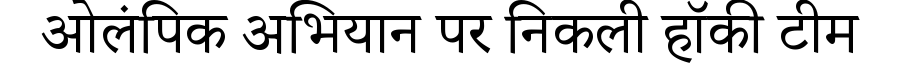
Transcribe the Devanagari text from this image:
ओलंपिक अभियान पर निकली हॉकी टीम